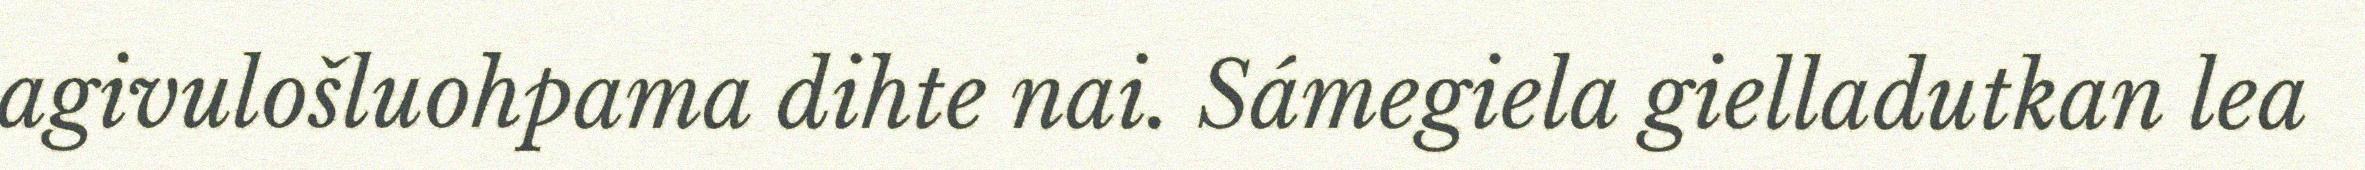
agivulošluohpama dihte nai. Sámegiela gielladutkan lea